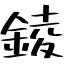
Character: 錂